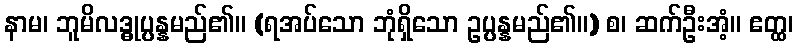
နာမ၊ ဘူမိလဒ္ဓုပ္ပန္နမည်၏။ (ရအပ်သော ဘုံရှိသော ဥပ္ပန္နမည်၏။) စ၊ ဆက်ဦးအံ့။ ဧတ္ထ၊